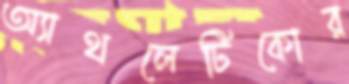
অ্যাথলেটিকোর